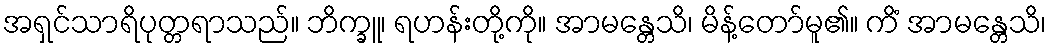
အရှင်သာရိပုတ္တရာသည်။ ဘိက္ခူ၊ ရဟန်းတို့ကို။ အာမန္တေသိ၊ မိန့်တော်မူ၏။ ကိံ အာမန္တေသိ၊